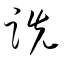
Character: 跣